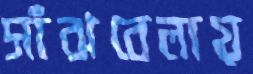
সাঁঝবেলায়